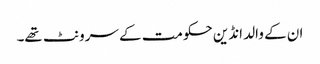
ان کے والد انڈین حکومت کے سرونٹ تھے۔